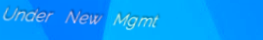
Under New Mgmt